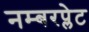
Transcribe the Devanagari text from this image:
नम्बरप्लेट